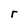
Character: r